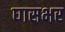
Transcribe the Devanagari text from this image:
घासभर